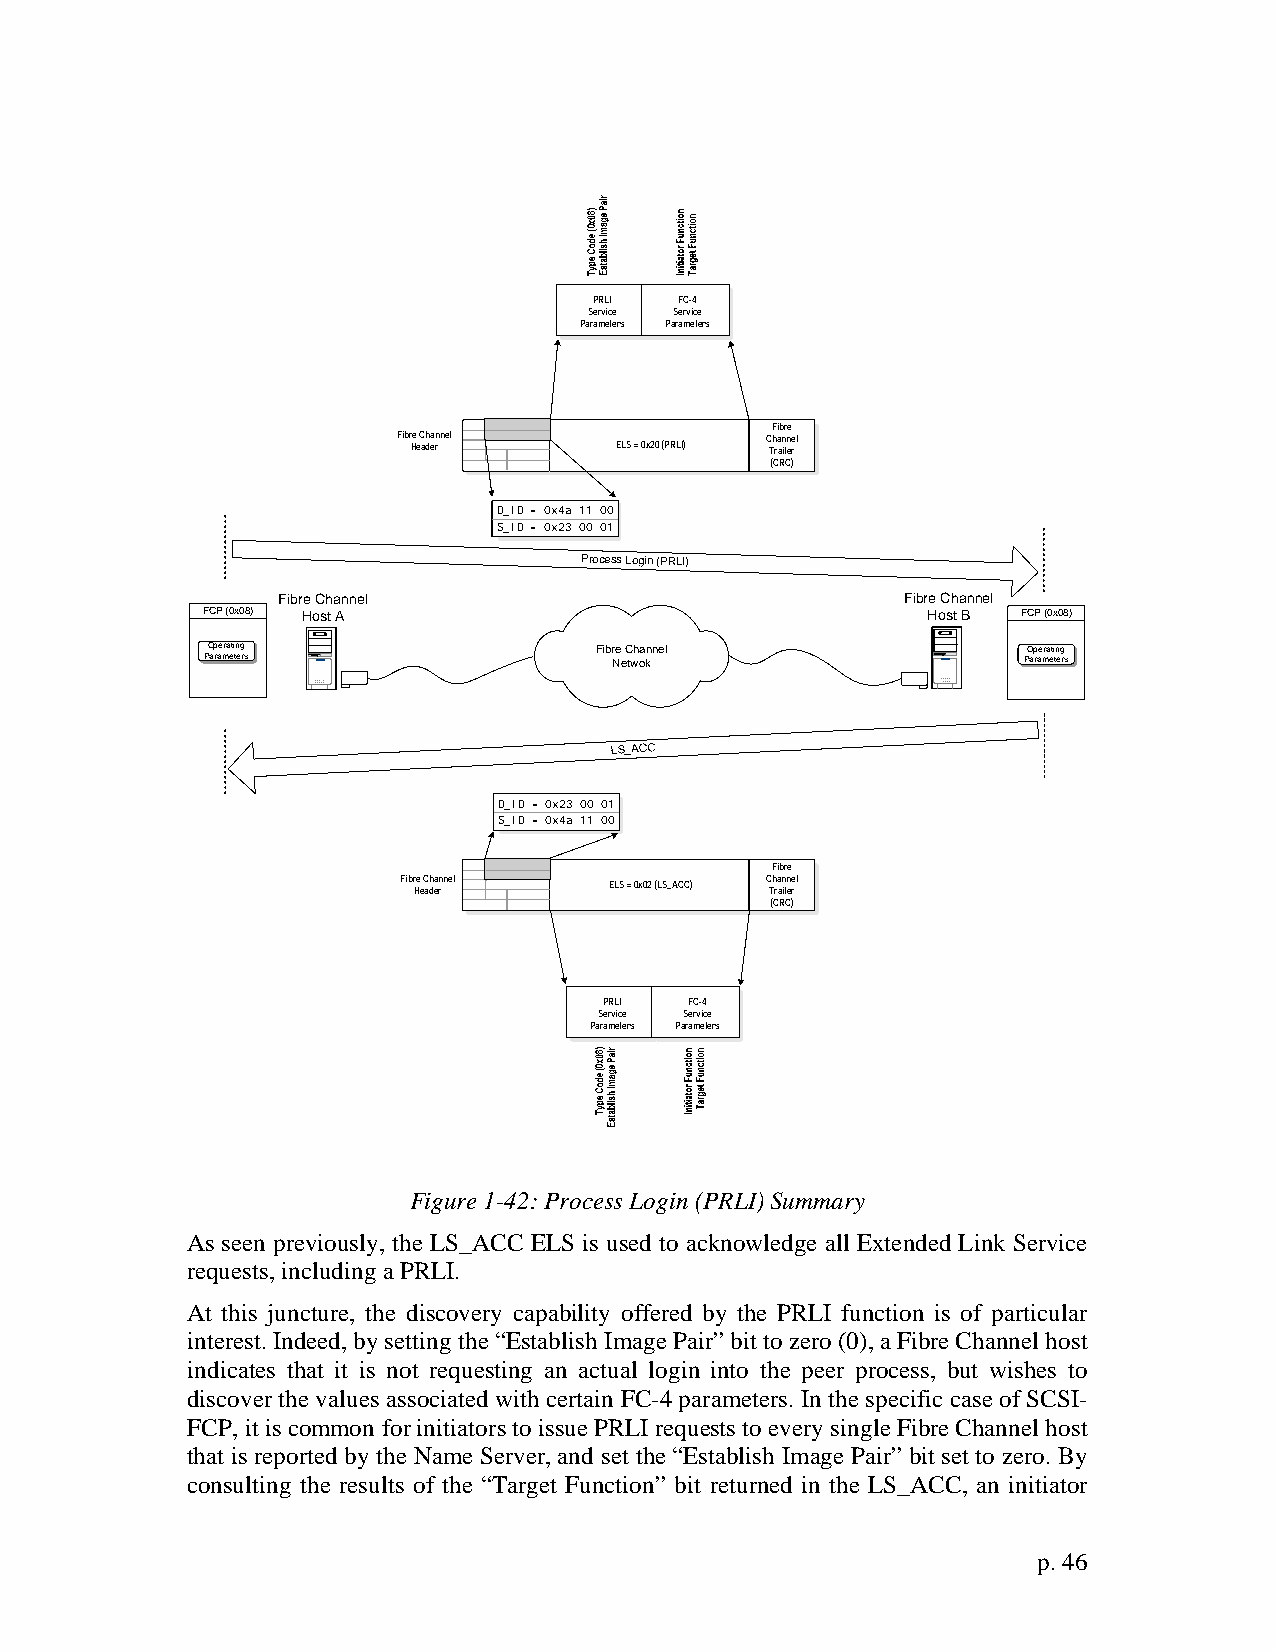
PRLI  FC-4
 Service Service
 Parameters Parameters
 Fibre
 Fibr He e C ah da en rnel ELS = 0x20 (PRLI) C Th ra an iln ee rl
 (CRC)
 D_ID = 0x4a 11 00
 S_ID = 0x23 00 01
 Process Login (PRLI)
 Fibre Channel                             Fibre Channel
 FCP (0x08) Host A                               Host B FCP (0x08)
 Operating                Fibre Channel                Operating
 Parameters                 Netwok                     Parameters
 D_ID = 0x23 00 01
 S_ID = 0x4a 11 00
 Fibre
 Fibr He e C ah da en rnel ELS = 0x02 (LS_ACC) C Th ra an iln ee rl
 (CRC)
 PRLI  FC-4
 Service Service
 Parameters Parameters
 Figure 1-42: Process Login (PRLI) Summary
 As seen previously, the LS_ACC ELS is used to acknowledge all Extended Link Service
 requests, including a PRLI.
 At this juncture, the discovery capability offered by the PRLI function is of particular
 interest. Indeed, by setting the “Establish Image Pair” bit to zero (0), a Fibre Channel host
 indicates that it is not requesting an actual login into the peer process, but wishes to
 discover the values associated with certain FC-4 parameters. In the specific case of SCSI-
 FCP, it is common for initiators to issue PRLI requests to every single Fibre Channel host
 that is reported by the Name Server, and set the “Establish Image Pair” bit set to zero. By
 consulting the results of the “Target Function” bit returned in the LS_ACC, an initiator
 p. 46